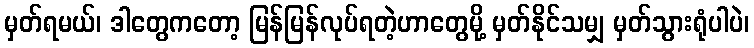
မှတ်ရမယ်၊ ဒါတွေကတော့ မြန်မြန်လုပ်ရတဲ့ဟာတွေမို့ မှတ်နိုင်သမျှ မှတ်သွားရုံပါပဲ၊